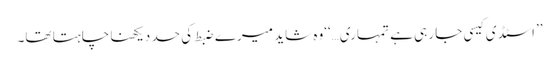
’’اسٹڈی کیسی جا رہی ہے تمہاری…‘‘وہ شاید میرے ضبط کی حد دیکھنا چاہتا تھا۔